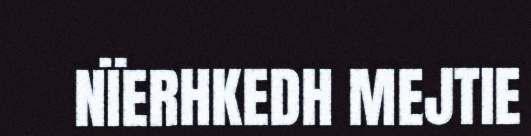
NÏERHKEDH MEJTIE